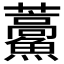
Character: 𮬕